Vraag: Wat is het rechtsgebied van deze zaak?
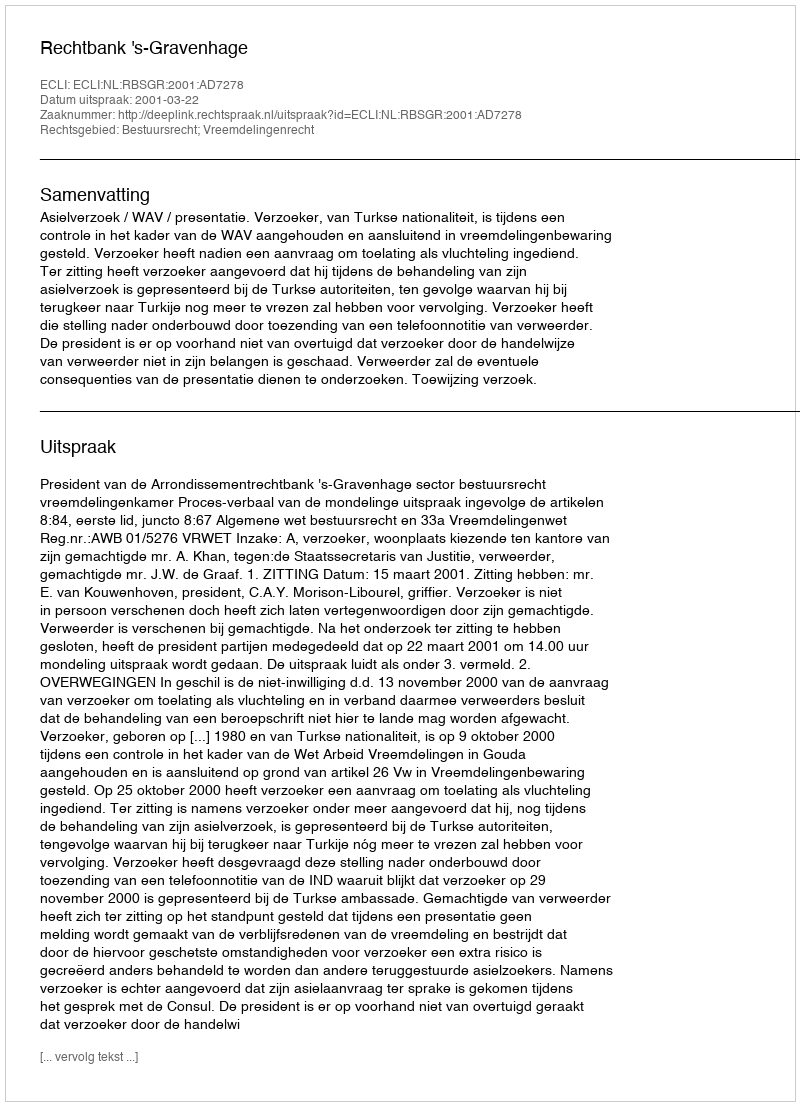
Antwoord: Bestuursrecht; Vreemdelingenrecht